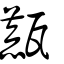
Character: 㼹